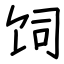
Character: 饲